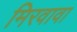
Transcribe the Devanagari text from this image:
मिरवावा